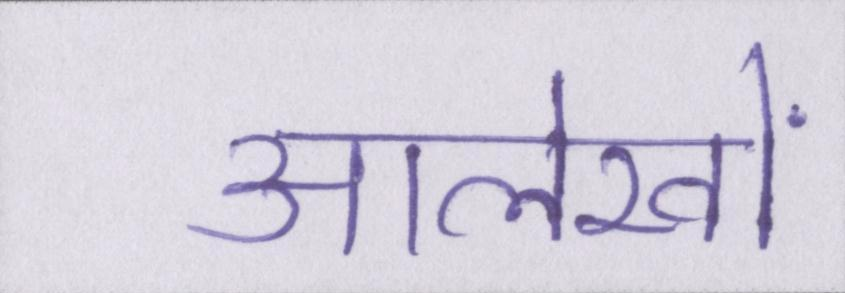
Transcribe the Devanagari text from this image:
आलेखों